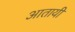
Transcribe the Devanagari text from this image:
आतायी